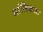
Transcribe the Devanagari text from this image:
मांसिकता